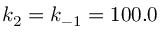
k _ { 2 } = k _ { - 1 } = 1 0 0 . 0